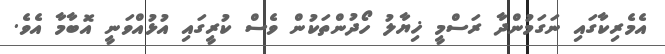
އެމެރިކާގައި ނަގަމުންދާ ރަސްމީ ޚިޔާލު ހޯދުންތަކުން ވެސް ކުރީގައި އުޅުއްވަނީ އޮބާމާ އެވެ.